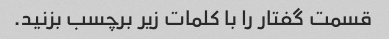
قسمت گفتار را با کلمات زیر برچسب بزنید.